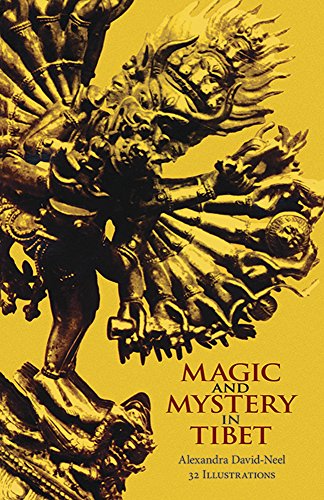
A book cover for Magic and Mystery in Tibet; Alexandra David-Neel; Mystery, Thriller & Suspense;